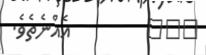
١٠٩         އެއްނެތެވެ.